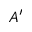
A ^ { \prime }